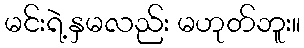
မင်းရဲ့နှမလည်း မဟုတ်ဘူး။